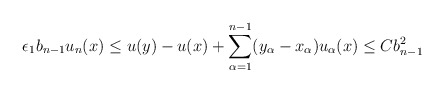
\begin{align*}\epsilon_1 b_{n-1} u_n (x) \leq u(y) - u(x) + \sum_{\alpha = 1}^{n-1} (y_\alpha - x_\alpha) u_\alpha (x) \leq C b_{n-1}^2\end{align*}